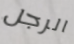
الرجل